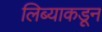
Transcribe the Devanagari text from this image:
लिब्याकडून